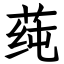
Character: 莼